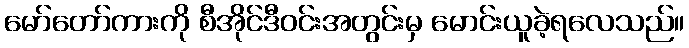
မော်တော်ကားကို စီအိုင်ဒီဝင်းအတွင်းမှ မောင်းယူခဲ့ရလေသည်။